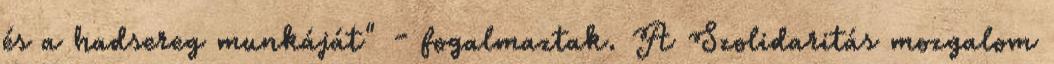
és a hadsereg munkáját" - fogalmaztak. A Szolidaritás mozgalom